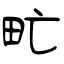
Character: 甿